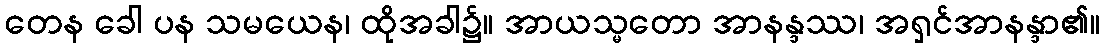
တေန ခေါ ပန သမယေန၊ ထိုအခါ၌။ အာယသ္မတော အာနန္ဒဿ၊ အရှင်အာနန္ဒာ၏။